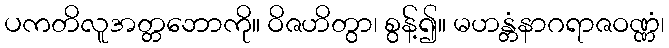
ပကတိလူအတ္တဘောကို။ ဝိဇဟိတွာ၊ စွန့်၍။ မဟန္တံနာဂရာဇဝဏ္ဏံ၊